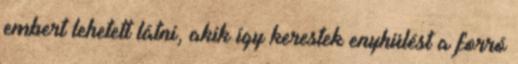
embert lehetett látni, akik így kerestek enyhülést a forró